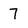
Character: 7